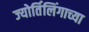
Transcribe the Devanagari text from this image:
ज्‍योर्तिलिंगाच्‍या